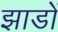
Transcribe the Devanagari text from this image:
झाडों